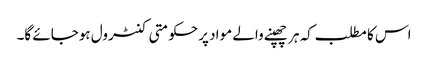
اس کا مطلب کہ ہر چھپنے والے مواد پرحکومتی کنٹرول ہوجائے گا۔